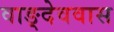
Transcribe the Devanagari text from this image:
वाङ्देववास